Lunatic asylums Burma 1907-21 - 1907-1921
Year: 1907
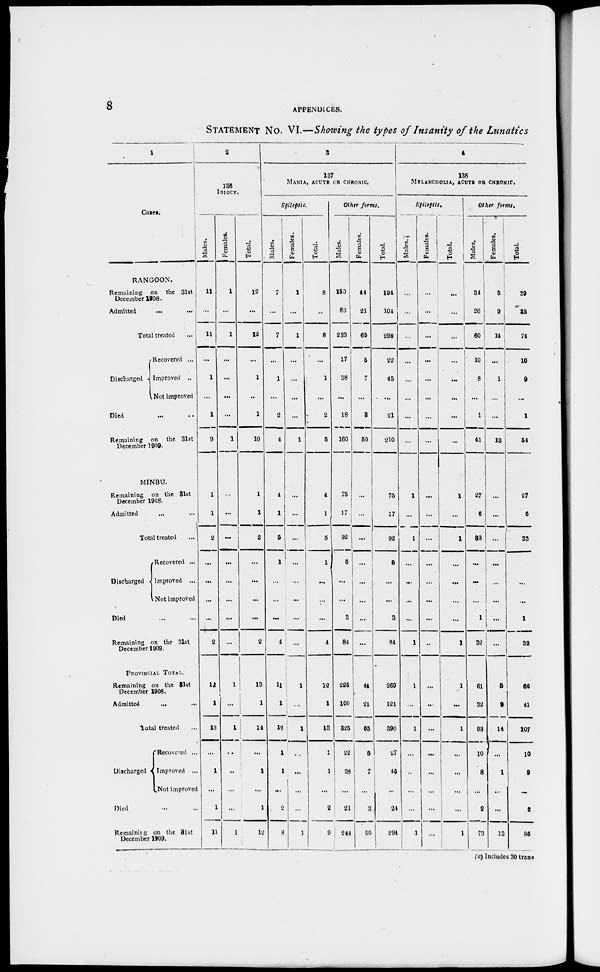
8
APPENDICES.
STATEMENT No. VI.—Showing the types of Insanity of the Lunatics
1
Cases.
RANGOON.
Remaining on the 31st
December 1908.
Admitted
...
...
Total treated
...
Discharged
Recovered ...
Improved ...
Not improved
Died ... ...
Remaining on the 31st
December 1909.
MINBU.
Remaining on the 31st
December 1908.
Admitted ... ...
Total treated ...
Discharged
Recovered ...
Improved ...
Not improved
Died ... ...
Remaining on the 31st
December 1909.
PROVINCIAL TOTAL.
Remaining on the 31st
December 1908.
Admitted ... ...
Total treated ...
Discharged
Recovered ...
Improved ...
Not improved
Died ... ...
Remaining on the 31st
December 1909.
2
136
IDIOCY.
M ales.
11
...
11
...
1
...
1
9
1
1
2
...
...
...
...
2
12
1
13
...
1
...
1
11
Females.
1
...
1
...
...
...
...
1
...
...
...
...
...
...
...
...
1
...
1
...
...
...
...
1
Total.
12
...
12
...
1
...
1
10
1
1
2
...
...
...
...
2
13
1
14
...
1
...
1
12
3
137
MANIA, ACUTE OR CHRONIC.
Epileptic.
Males.
7
...
7
...
1
...
2
4
4
1
5
1
...
...
...
4
11
1
12
1
1
...
2
8
Females.
1
...
1
...
...
...
...
1
...
...
...
...
...
...
...
...
1
...
2
...
...
...
...
1
Total.
8
...
8
...
1
...
2
5
4
1
5
1
...
...
...
4
12
1
13
1
1
...
2
9
Other forms.
Males.
150
83
233
17
38
...
18
160
75
17
92
5
...
...
3
84
225
100
325
22
38
...
21
244
Females.
44
21
65
5
7
...
3
50
...
...
...
...
...
...
...
...
44
21
65
5
7
...
3
50
Total.
194
104
298
22
45
...
21
210
75
17
92
5
...
...
3
84
269
121
390
27
45
...
24
294
4
138
MELANCHOLIA, ACUTE OR CHRONIC.
Epileptic.
Males.
...
...
...
...
...
...
...
...
1
...
1
...
...
...
...
1
1
...
1
...
...
...
...
1
Females.
...
...
...
...
...
...
...
...
...
...
...
...
...
...
...
...
...
...
...
...
...
...
...
...
Total.
...
...
...
...
...
...
...
...
1
...
1
...
...
...
...
1
1
...
1
...
...
...
...
1
Other forms.
Males.
34
26
60
10
8
...
1
41
27
6
33
...
...
...
1
32
61
32
93
10
8
...
2
73
Females.
5
9
14
...
1
...
...
13
...
...
...
...
...
...
...
...
5
9
14
...
1
...
...
13
Total.
39
35
74
10
9
...
1
54
27
6
33
...
...
...
1
32
66
41
107
10
9
...
2
86
(a) Includes 30 trans